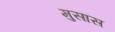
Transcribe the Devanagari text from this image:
मुसास